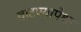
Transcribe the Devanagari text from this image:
वाटण्यापेक्षा